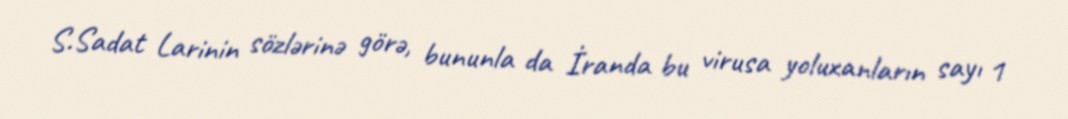
S.Sadat Larinin sözlərinə görə, bununla da İranda bu virusa yoluxanların sayı 1